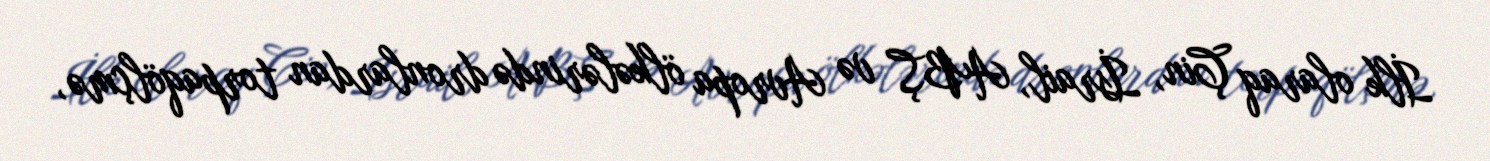
İlk olaraq Çin, İsrail, ABŞ və Avropa ölkələrində dronlardan torpaqölçmə,